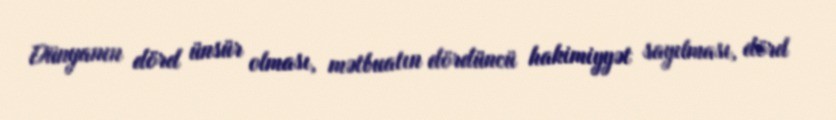
Dünyanın dörd ünsür olması, mətbuatın dördüncü hakimiyyət sayılması, dörd